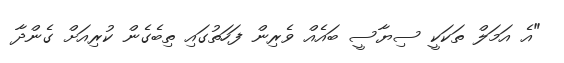
"އެ އަމަލް ތަކަކީ ސިޔާސީ ބައެއް ވެރިން ފަހަތުގައި ތިބެގެން ކުރިއަށް ގެންދާ